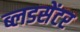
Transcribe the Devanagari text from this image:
ब्लडसेंटर